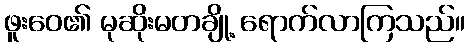
ဖူးဝေ၏ မုဆိုးမတချို့ ရောက်လာကြသည်။